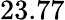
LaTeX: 23.77